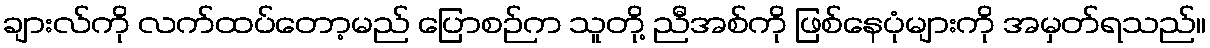
ချားလ်ကို လက်ထပ်တော့မည် ပြောစဉ်က သူတို့ ညီအစ်ကို ဖြစ်နေပုံများကို အမှတ်ရသည်။